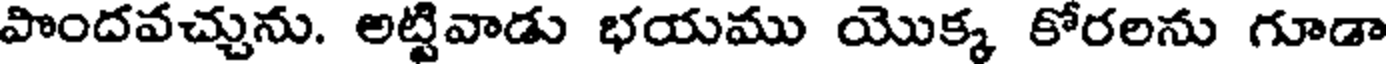
పొందవచ్చును. అట్టివాడు భయము యొక్క కోరలను గూడా